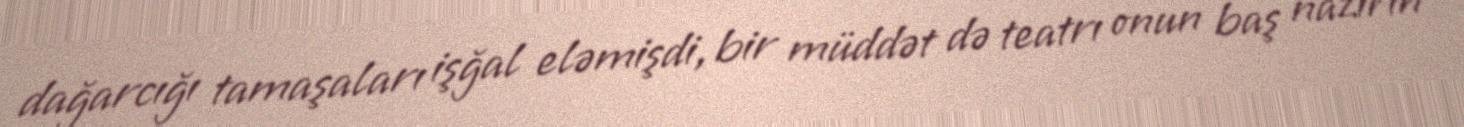
dağarcığı tamaşaları işğal eləmişdi, bir müddət də teatrı onun baş nazirin